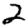
Digit: 2